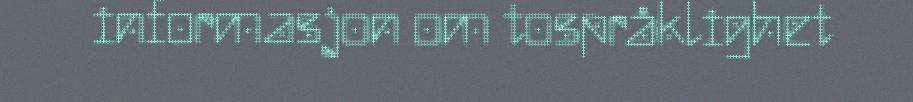
informasjon om tospråklighet